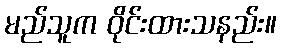
မည်သူက ဝိုင်းထားသနည်း။